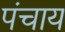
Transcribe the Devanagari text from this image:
पंचाय